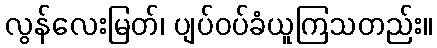
လွန်လေးမြတ်၊ ပျပ်ဝပ်ခံယူကြသတည်း။